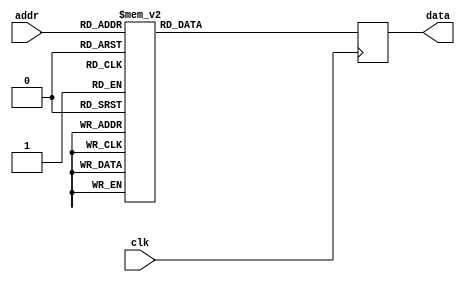
module altera_sync_rom_case_template
	(
		input wire clk,
		input wire [3:0] addr,
		output wire [6:0] data
	);

	// signal declaration
	reg [6:0] rom_data, data_reg;

	// body
	always @(posedge clk)
		data_reg <= rom_data;

	always @*
		case (addr)
			4'h0: rom_data = 7'b1000000;
			4'h1: rom_data = 7'b1111001;
			4'h2: rom_data = 7'b0100100;
			4'h3: rom_data = 7'b0110000;
			4'h4: rom_data = 7'b0011001;
			4'h5: rom_data = 7'b0010010;
			4'h6: rom_data = 7'b0000010;
			4'h7: rom_data = 7'b1111000;
			4'h8: rom_data = 7'b0000000;
			4'h9: rom_data = 7'b0010000;
			4'ha: rom_data = 7'b0001000;
			4'hb: rom_data = 7'b0000011;
			4'hc: rom_data = 7'b1000110;
			4'hd: rom_data = 7'b0100001;
			4'he: rom_data = 7'b0000110;
			4'hf: rom_data = 7'b0001110;
		endcase
	
	assign data = data_reg;
endmodule